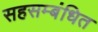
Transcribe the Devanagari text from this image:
सहसम्बंधित